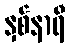
နှစ်နာရီ